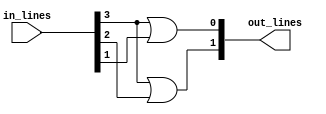
module encoder_4_to_2_structural_or_gatelevel(in_lines, out_lines);
    input[3:0] in_lines; // 8-bit vector for input lines
    output[1:0] out_lines; // 3-bit vector for output lines
    
    //* Gate-level Modelling
    or(out_lines[1], in_lines[3], in_lines[2]);
    or(out_lines[0], in_lines[3], in_lines[1]);

    //? $display should be in procedural block
    always @(out_lines[1] or out_lines[0]) begin
        $display("%b: %b", in_lines, out_lines);      
    end
endmodule


module encoder_4_to_2_structural_or_gatelevel_test;
    reg[3:0] in_lines;
    
    wire[1:0] out_lines;
    
    encoder_4_to_2_structural_or_gatelevel wire_driver(in_lines, out_lines);
    
    initial begin
            in_lines = 4'b0001;
      #20   in_lines = 4'b0010;
      #20   in_lines = 4'b0100;
      #20   in_lines = 4'b1000;
      #20 $finish;
    end
      
endmodule